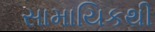
સામાયિકથી